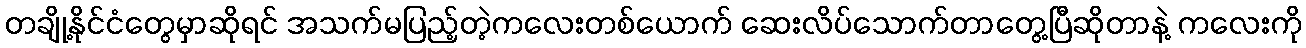
တချို့နိုင်ငံတွေမှာဆိုရင် အသက်မပြည့်တဲ့ကလေးတစ်ယောက် ဆေးလိပ်သောက်တာတွေ့ပြီဆိုတာနဲ့ ကလေးကို